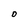
Character: D